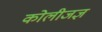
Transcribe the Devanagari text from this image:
कोलीजज्ञ